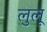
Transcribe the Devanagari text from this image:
लुलू